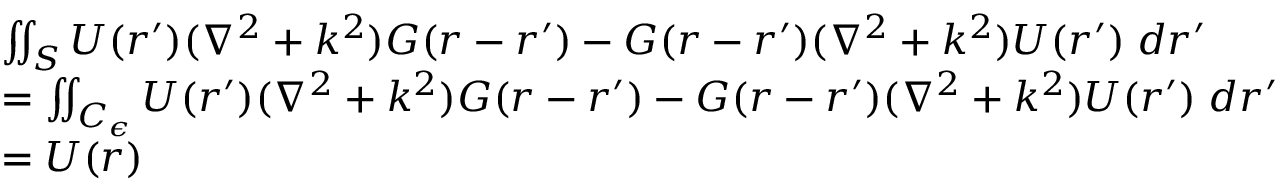
\begin{array} { r l } & { \iint _ { S } U ( \boldsymbol { r } ^ { \prime } ) ( \nabla ^ { 2 } + k ^ { 2 } ) G ( \boldsymbol { r } - \boldsymbol { r ^ { \prime } } ) - G ( \boldsymbol { r } - \boldsymbol { r ^ { \prime } } ) ( \nabla ^ { 2 } + k ^ { 2 } ) U ( \boldsymbol { r } ^ { \prime } ) \; d \boldsymbol { r ^ { \prime } } } \\ & { = \iint _ { C _ { \epsilon } } U ( \boldsymbol { r } ^ { \prime } ) ( \nabla ^ { 2 } + k ^ { 2 } ) G ( \boldsymbol { r } - \boldsymbol { r ^ { \prime } } ) - G ( \boldsymbol { r } - \boldsymbol { r ^ { \prime } } ) ( \nabla ^ { 2 } + k ^ { 2 } ) U ( \boldsymbol { r } ^ { \prime } ) \; d \boldsymbol { r ^ { \prime } } } \\ & { = U ( \boldsymbol { r } ) } \end{array}